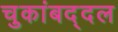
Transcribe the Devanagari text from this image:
चुकांबद्दल